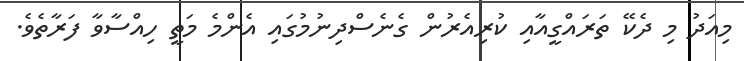
މިއަދު މި ދެކޭ ތަރައްގީއާއި ކުރިއެރުން ގެނެސްދިނުމުގައި އެންމެ މަތީ ހިއްސާވާ ފަރާތެވެ.